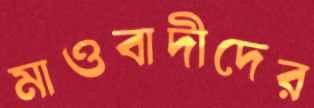
মাওবাদীদের